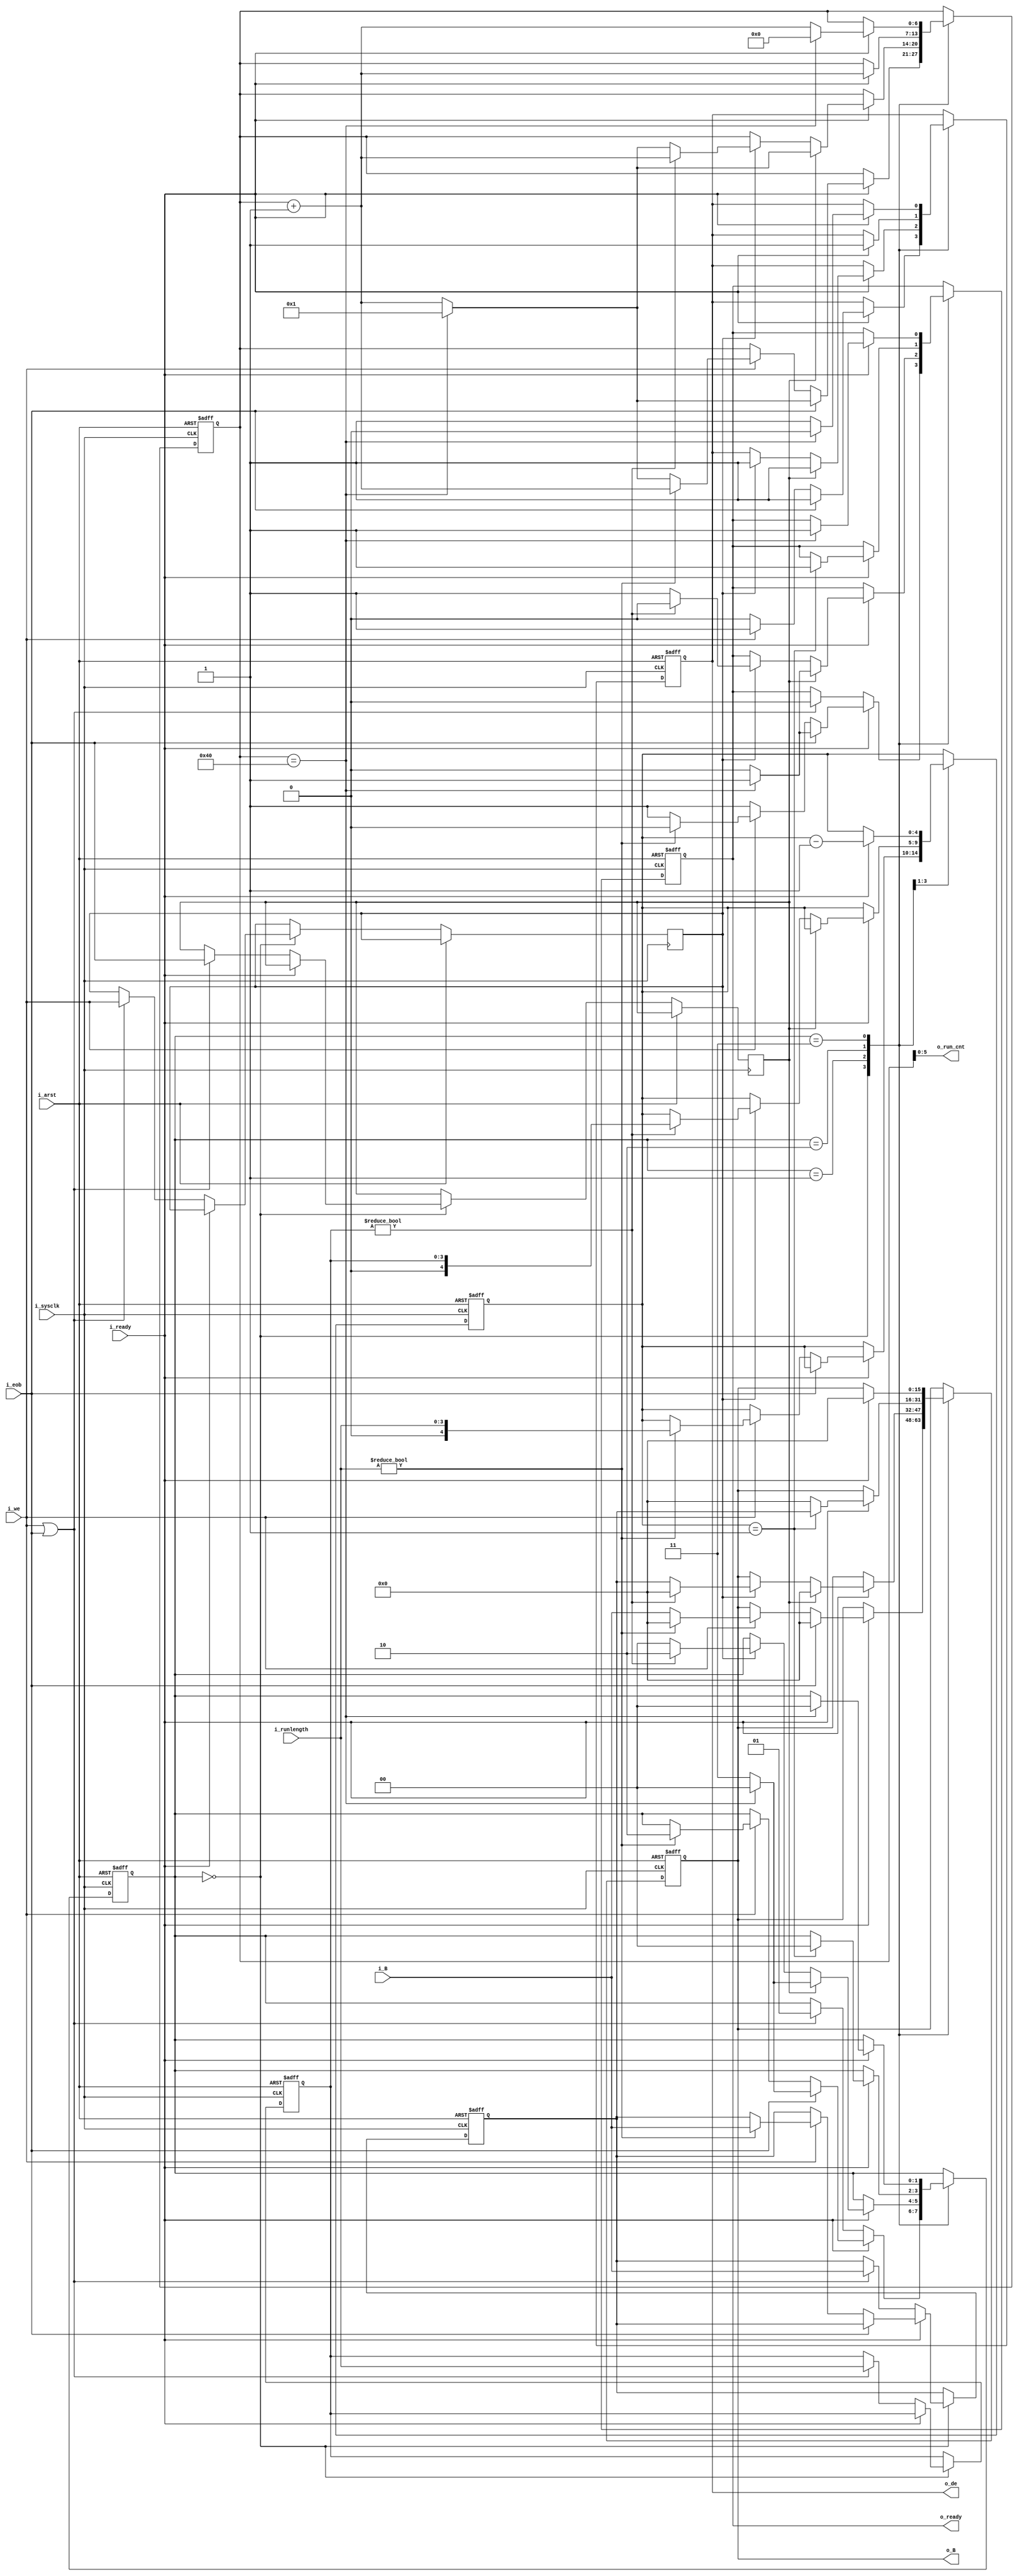
// This program was cloned from: https://github.com/Efinix-Inc/xyloni
// License: MIT License

module runlength_shifter
#(
	parameter	AMPLITUDE_PRECISION	= 16,
	parameter	MCU_SIZE			= 64
)
(
	input	i_arst,
	input	i_sysclk,
	input	i_we,
	input	i_eob,
	input	[3:0]i_runlength,
	input	[AMPLITUDE_PRECISION-1:0]i_B,
	output	o_ready,
	output	[5:0]o_run_cnt,
	input	i_ready,
	output	o_de,
	output	[AMPLITUDE_PRECISION-1:0]o_B
);

localparam	s_idle		= 2'b00;
localparam	s_flush		= 2'b01;
localparam	s_run_zero	= 2'b10;
localparam	s_run_eob	= 2'b11;

wire	[6:0]w_mcu_size;

reg		[1:0]r_shift_state_1P;
reg		r_ready_1P;
reg		[4:0]r_len_cnt_1P;
reg		[6:0]r_run_cnt_1P;
reg		r_de_1P;
reg		[AMPLITUDE_PRECISION-1:0]r_B_1P;

reg		r_we_hold_1P;
reg		r_eob_hold_1P;
reg		[3:0]r_runlength_hold_1P;
reg		[AMPLITUDE_PRECISION-1:0]r_B_hold_1P;

assign	w_mcu_size	= MCU_SIZE;

always@(posedge i_arst or posedge i_sysclk)
begin
	if (i_arst)
	begin
		r_shift_state_1P	<= s_idle;
		r_ready_1P			<= 1'b1;
		r_len_cnt_1P		<= {5{1'b0}};
		r_run_cnt_1P		<= {7{1'b0}};
		r_de_1P				<= 1'b0;
		r_B_1P				<= {AMPLITUDE_PRECISION{1'b0}};
		r_runlength_hold_1P	<= {4{1'b0}};
		r_B_hold_1P			<= {AMPLITUDE_PRECISION{1'b0}};
	end
	else
	begin
		case (r_shift_state_1P)
			s_idle:
			begin
				if (i_ready)
				begin
					r_ready_1P	<= 1'b1;
					r_de_1P		<= 1'b0;
					if (i_eob)
					begin
						r_shift_state_1P	<= s_run_eob;
						r_ready_1P			<= 1'b0;
						r_de_1P				<= 1'b1;
						r_B_1P				<= {AMPLITUDE_PRECISION{1'b0}};
						r_run_cnt_1P		<= r_run_cnt_1P+1'b1;
//						if ((r_run_cnt_1P == {7{1'b0}}))
//						begin
//							r_shift_state_1P	<= s_idle;
//							r_ready_1P			<= 1'b1;
//							r_run_cnt_1P		<= {7{1'b0}};
//						end
//						else if (r_run_cnt_1P == {1'b1, {6{1'b0}}})
//						else if (r_run_cnt_1P == w_mcu_size)
						if (r_run_cnt_1P == w_mcu_size)
						begin
							r_shift_state_1P	<= s_idle;
							r_ready_1P			<= 1'b1;
//							r_run_cnt_1P		<= {7{1'b0}};
							r_run_cnt_1P		<= {7{1'b0}}+1'b1;
						end
					end
					else if (i_we)
					begin
						if (i_runlength	!= 4'd0)
						begin
							r_shift_state_1P	<= s_run_zero;
							r_ready_1P			<= 1'b0;
							r_len_cnt_1P		<= i_runlength;
							r_run_cnt_1P		<= r_run_cnt_1P+1'b1;
							r_de_1P				<= 1'b1;
							r_B_1P				<= {AMPLITUDE_PRECISION{1'b0}};
							r_B_hold_1P			<= i_B;
						end
						else
						begin
							r_run_cnt_1P	<= r_run_cnt_1P+1'b1;
							r_de_1P			<= 1'b1;
							if (r_run_cnt_1P == w_mcu_size)
//								r_run_cnt_1P	<= {7{1'b0}};
								r_run_cnt_1P	<= {7{1'b0}}+1'b1;
							r_B_1P			<= i_B;
						end
					end
				end
				else
				begin
					// TODO
					if (i_we | i_eob)
					begin
						r_shift_state_1P	<= s_flush;
						r_ready_1P			<= 1'b0;
						r_we_hold_1P		<= i_we;
						r_eob_hold_1P		<= i_eob;
						r_runlength_hold_1P	<= i_runlength;
						r_B_hold_1P			<= i_B;
					end
/*					else
					begin
						r_ready_1P	<= 1'b0;
					end*/
				end
			end
			
			s_flush:
			begin
				if (i_ready)
				begin
					if (r_eob_hold_1P)
					begin
						r_shift_state_1P	<= s_run_eob;
						r_ready_1P			<= 1'b0;
						r_de_1P				<= 1'b1;
						r_B_1P				<= {AMPLITUDE_PRECISION{1'b0}};
						r_run_cnt_1P		<= r_run_cnt_1P+1'b1;
//						if (r_run_cnt_1P == {7{1'b0}})
//						begin
//							r_shift_state_1P	<= s_idle;
//							r_ready_1P			<= 1'b1;
//							r_run_cnt_1P		<= {7{1'b0}};
//						end
//						else if (r_run_cnt_1P == {1'b1, {6{1'b0}}})
//						else if (r_run_cnt_1P == w_mcu_size)
						if (r_run_cnt_1P == w_mcu_size)
						begin
							r_shift_state_1P	<= s_idle;
							r_ready_1P			<= 1'b1;
//							r_run_cnt_1P		<= {7{1'b0}};
							r_run_cnt_1P		<= {7{1'b0}}+1'b1;
						end
					end
					else if (r_we_hold_1P)
					begin
						if (r_runlength_hold_1P	!= 5'd0)
						begin
							r_shift_state_1P	<= s_run_zero;
							r_ready_1P			<= 1'b0;
							r_len_cnt_1P		<= r_runlength_hold_1P;
							r_run_cnt_1P		<= r_run_cnt_1P+1'b1;
							r_de_1P				<= 1'b1;
							r_B_1P				<= {AMPLITUDE_PRECISION{1'b0}};
							r_B_hold_1P			<= r_B_hold_1P;
						end
						else
						begin
							r_shift_state_1P	<= s_idle;
							r_ready_1P			<= 1'b1;
							r_run_cnt_1P		<= r_run_cnt_1P+1'b1;
							r_de_1P				<= 1'b1;
							if (r_run_cnt_1P == w_mcu_size)
//								r_run_cnt_1P	<= {7{1'b0}};
								r_run_cnt_1P	<= {7{1'b0}}+1'b1;
							r_B_1P				<= r_B_hold_1P;
						end
					end
				end
			end
			
			s_run_zero:
			begin
				if (i_ready)
				begin
					r_de_1P			<= 1'b1;
					r_B_1P			<= {AMPLITUDE_PRECISION{1'b0}};
					
					r_len_cnt_1P	<= r_len_cnt_1P-1'b1;
					r_run_cnt_1P	<= r_run_cnt_1P+1'b1;
					if (r_len_cnt_1P == 5'd1)
					begin
						r_shift_state_1P	<= s_idle;
						r_ready_1P			<= 1'b1;
						r_B_1P				<= r_B_hold_1P;
					end
				end
			end
			
			s_run_eob:
			begin
				if (i_ready)
				begin
					r_de_1P			<= 1'b1;
					r_B_1P			<= {AMPLITUDE_PRECISION{1'b0}};
					
					r_run_cnt_1P	<= r_run_cnt_1P+1'b1;
//					if ((r_run_cnt_1P == {7{1'b0}}))
//					begin
//						r_shift_state_1P	<= s_idle;
//						r_ready_1P			<= 1'b1;
//						r_de_1P				<= 1'b0;
////						r_run_cnt_1P		<= {7{1'b0}};
//					end
//					else if ((r_run_cnt_1P == w_mcu_size)
					if (r_run_cnt_1P == w_mcu_size)
					begin
						r_shift_state_1P	<= s_idle;
						r_ready_1P			<= 1'b1;
						r_de_1P				<= 1'b0;
						r_run_cnt_1P		<= {7{1'b0}};
//						r_run_cnt_1P		<= {7{1'b0}}+1'b1;
					end
				end
			end
			
			default:
			begin
				r_shift_state_1P	<= s_idle;
				r_ready_1P			<= 1'b1;
				r_len_cnt_1P		<= {5{1'b0}};
				r_run_cnt_1P		<= {7{1'b0}};
				r_de_1P				<= 1'b0;
				r_B_1P				<= {AMPLITUDE_PRECISION{1'b0}};
				r_runlength_hold_1P	<= {4{1'b0}};
				r_B_hold_1P			<= {AMPLITUDE_PRECISION{1'b0}};
			end
		endcase
	end
end

assign	o_ready		= r_ready_1P;
assign	o_de		= r_de_1P;
assign	o_run_cnt	= r_run_cnt_1P[5:0];
assign	o_B			= r_B_1P;

endmodule